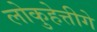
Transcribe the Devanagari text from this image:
लोकुहेत्तीगे